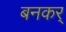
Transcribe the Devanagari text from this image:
बनकर्